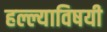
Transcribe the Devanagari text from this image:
हल्ल्याविषयी